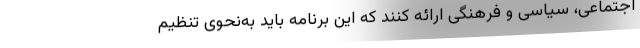
اجتماعی، سیاسی و فرهنگی ارائه کنند که این برنامه باید به‌نحوی تنظیم